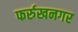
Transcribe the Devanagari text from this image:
फर्रुखनगर